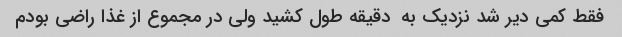
فقط کمی دیر شد نزدیک به  دقیقه طول کشید ولی در مجموع از غذا راضی بودم